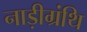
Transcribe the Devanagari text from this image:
नाड़ीग्रंथि